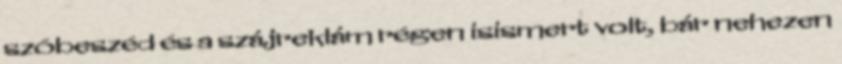
szóbeszéd és a szájreklám régen isismert volt, bár nehezen